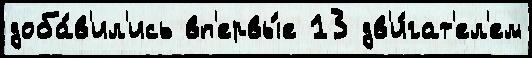
доба́в'ил'ись вп'ервы́е 13 дв'и́гат'ел'ем